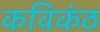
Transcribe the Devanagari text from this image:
कविकंठ